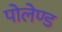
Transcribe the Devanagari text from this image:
पोलेण्ड